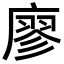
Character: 廖